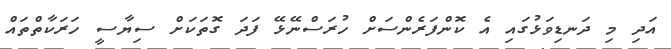
އަދި މި ދަނޑިވަޅުގައި އެ ކޮންފަރެންސަށް ހުރަސްނޭޅޭ ފަދަ ގޮތަކަށް ސިޔާސީ ހަރަކާތްތައް